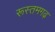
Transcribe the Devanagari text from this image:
रूस्तमगढ़